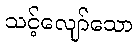
သင့်လျော်သော